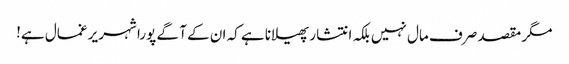
مگر مقصد صرف مال نہیں بلکہ انتشار پھیلانا ہے کہ ان کے آ گے پورا شہر یر غمال ہے!